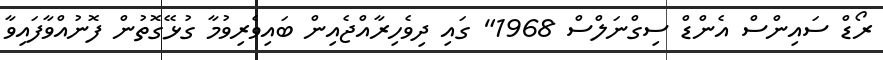
ރޯޑް ސައިންސް އެންޑް ސިގްނަލްސް 1968" ގައި ދިވެހިރާއްޖެއިން ބައިވެރިވުމާ ގުޅޭގޮތުން ފޮނުއްވާފައިވާ